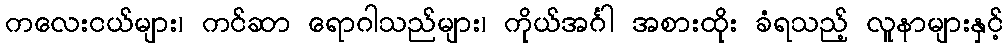
ကလေးငယ်များ၊ ကင်ဆာ ရောဂါသည်များ၊ ကိုယ်အင်္ဂါ အစားထိုး ခံရသည့် လူနာများနှင့်